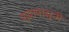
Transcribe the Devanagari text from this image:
शूद्रापासूनी